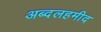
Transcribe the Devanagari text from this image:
अब्दलहमीद